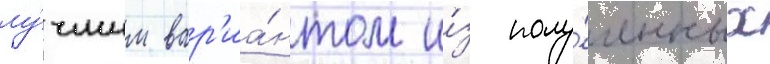
лу́чшим вар'иа́нтом и́з полу́ченных